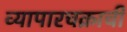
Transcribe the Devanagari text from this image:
व्यापारचक्राची